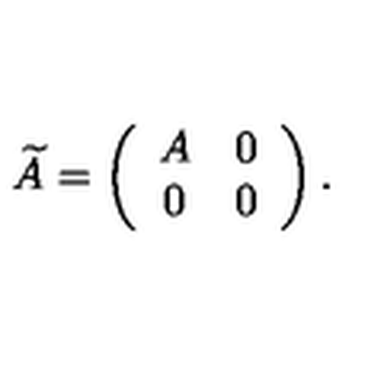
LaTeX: \widetilde { A } = \left( \begin{array} { c c } { A } & { 0 } \\ { 0 } & { 0 } \\ \end{array} \right) .